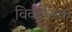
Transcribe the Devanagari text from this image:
विकासिक